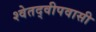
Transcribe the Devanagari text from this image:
श्वेतद्वीपवासी